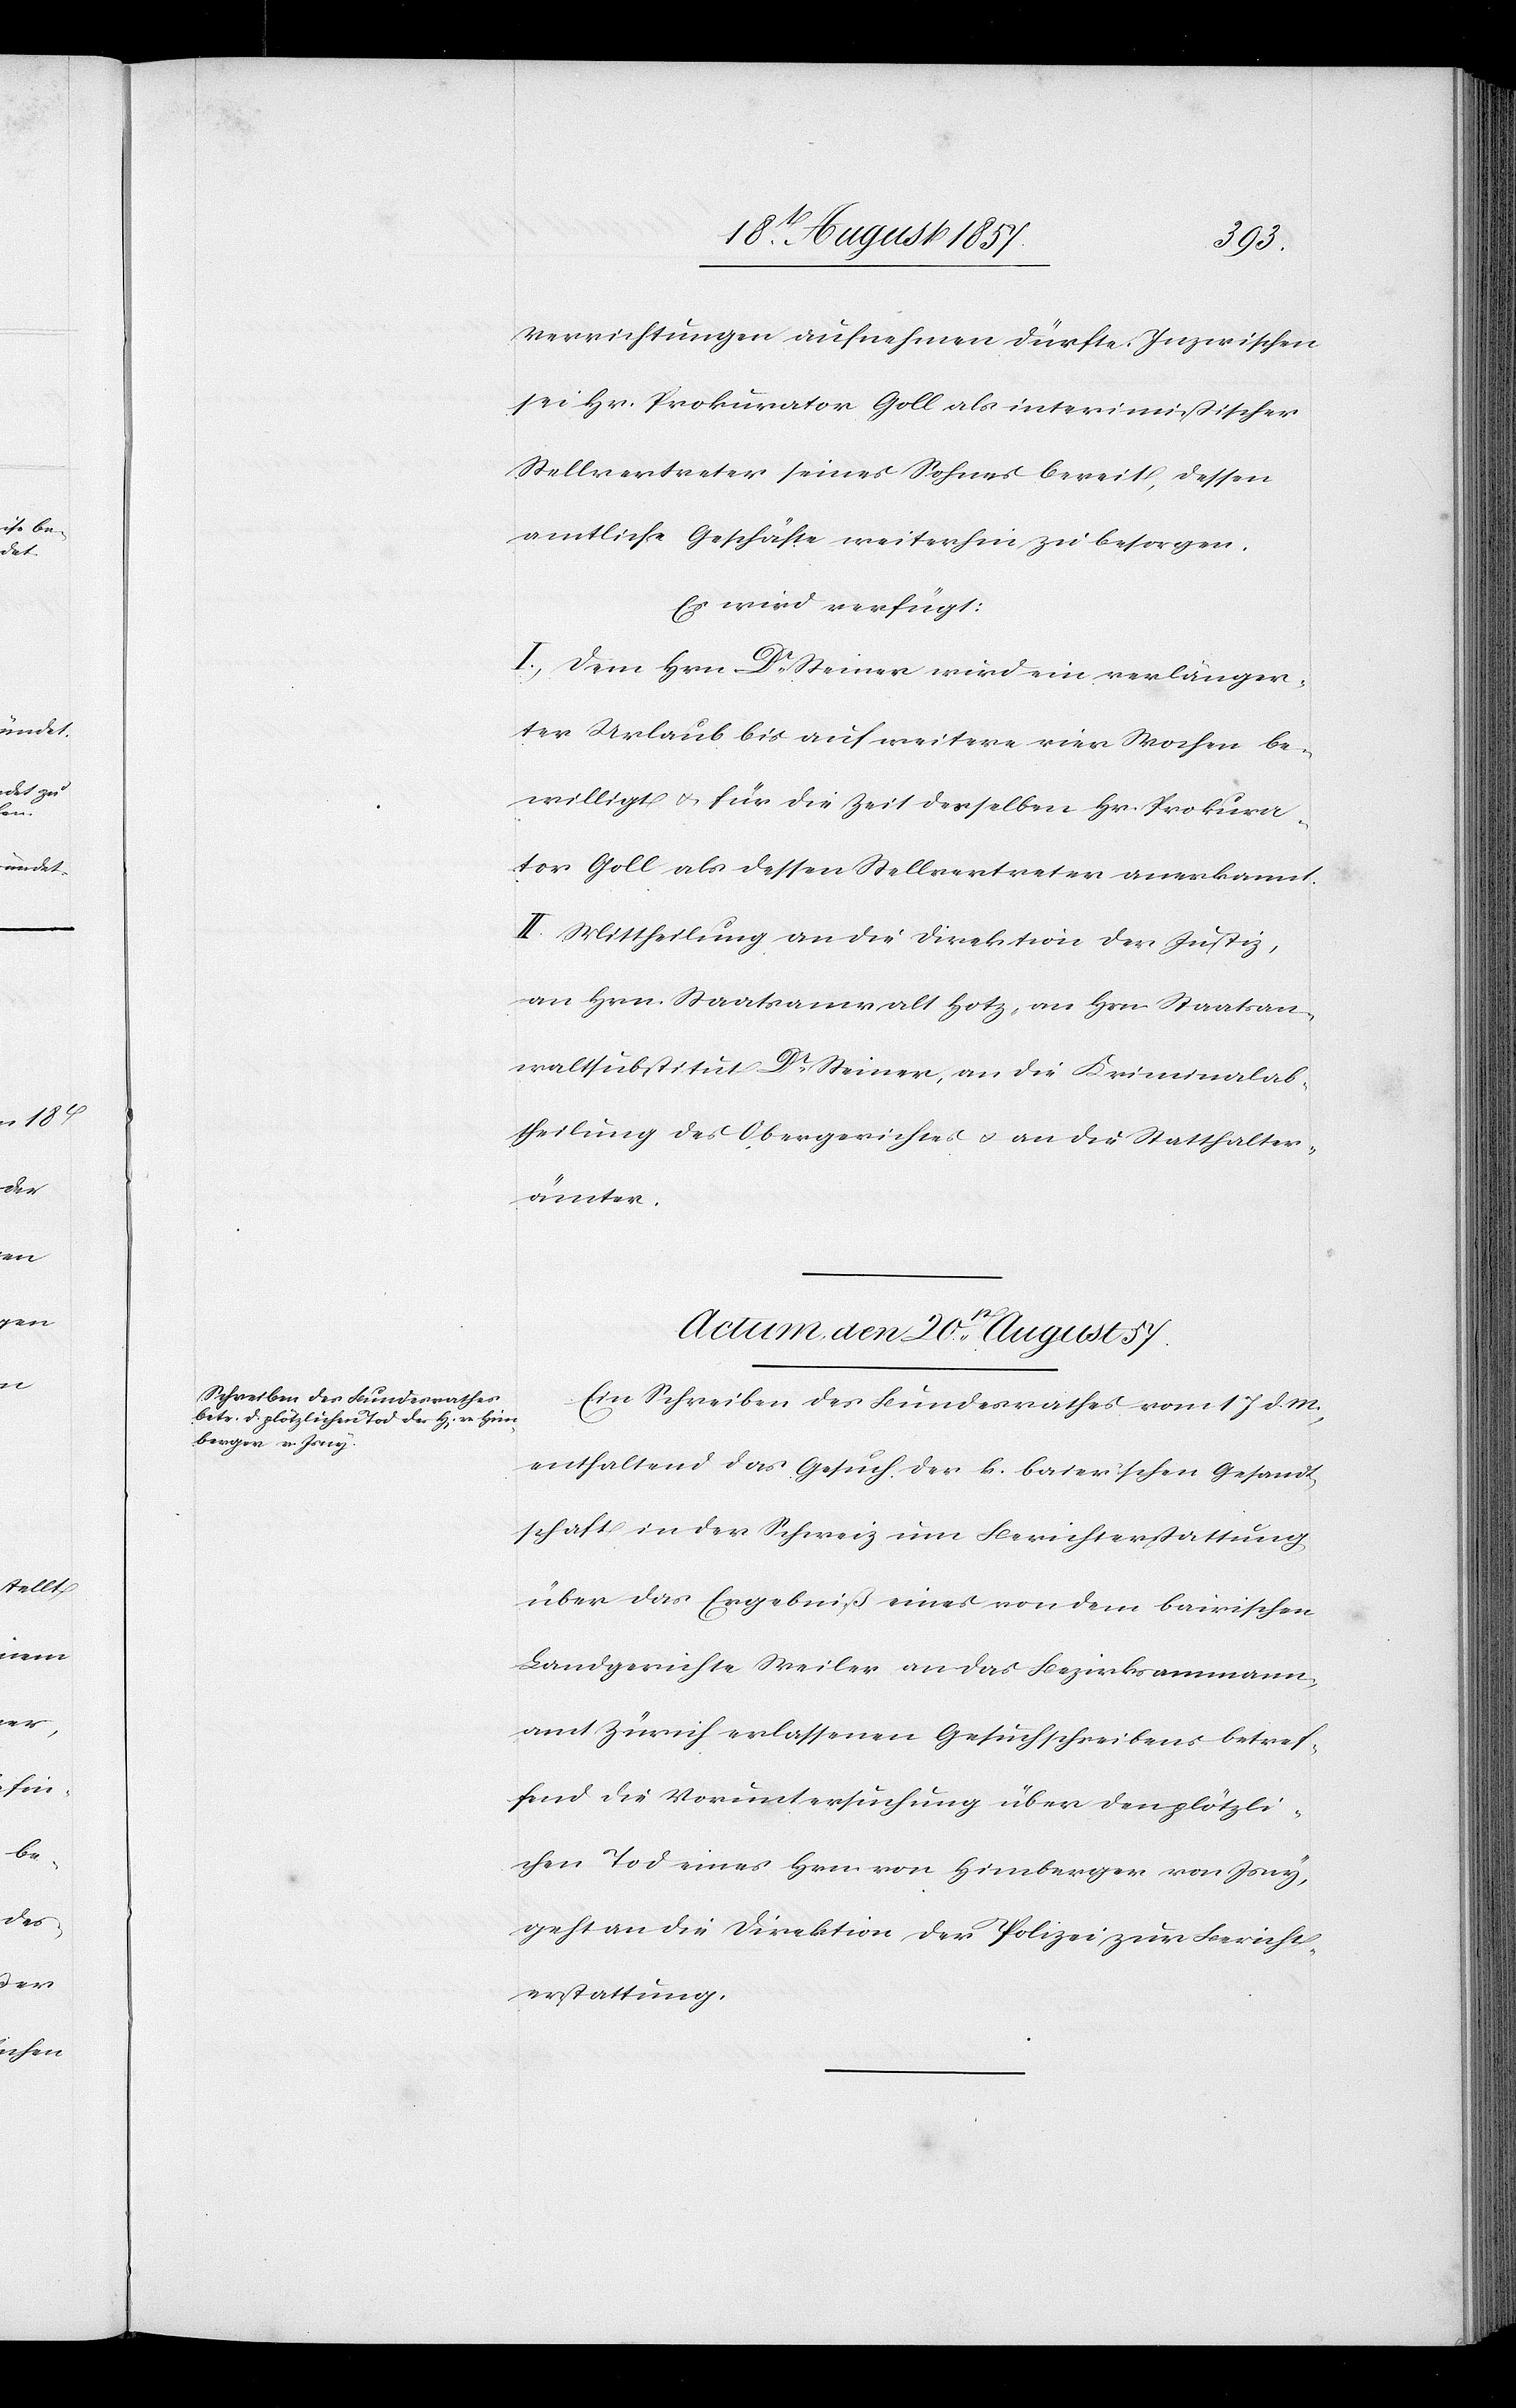
Verrichtungen aufnehmen dürfte. Inzwischen
sei Hr. Prokurator Goll als interimistischer
Stellvertreter seines Sohnes bereit, dessen
amtliche Geschäfte weiterhin zu besorgen.
Es wird verfügt:
I. Dem Hrn. Steiner wird ein verlänger¬
ter Urlaub bis auf weitere vier Wochen be¬
willigt & für die Zeit desselben Hr. Prokura¬
tor Goll als dessen Stellvertreter anerkannt.
II. Mittheilung an die Direktion der Justiz,
an Hrn. Staatsanwalt Hotz, an Hrn. Staatsan¬
waltsubstitut Dr Steiner, an die Kriminalab¬
theilung des Obergerichtes & an die Statthalter¬
ämter.
Actum, den 20t August 1857.
Ein Schreiben des Bundesrathes vom 17 d. M.
enthaltend das Gesuch der k. baier’schen Gesandt¬
schaft in der Schweiz um Berichterstattung
über das Ergebniß eines von dem baierschen
Landgerichte Weiler an das Bezirksammann¬
amt Zürich erlassenen Gesuchschreibens betref¬
fend die Voruntersuchung über den plötzli¬
chen Tod eines Herr von Himberger von Jony,
geht an die Direktion der Polizei zur Bericht¬
erstattung.